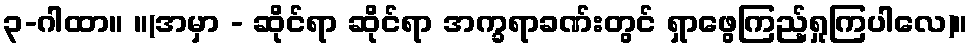
၃-ဂါထာ။ ။(အမှာ - ဆိုင်ရာ ဆိုင်ရာ အက္ခရာခဏ်းတွင် ရှာဖွေကြည့်ရှုကြပါလေ)။